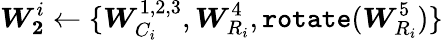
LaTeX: \boldsymbol{W_{2}}^{i}\leftarrow\{ \boldsymbol{W}_{C_{i}}^{1,2,3},\boldsymbol{W}_{R_{i}}^{4},\texttt{rotate}(\boldsymbol{W}_{R_{i}}^{5})\}